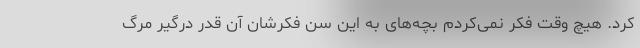
کرد. هیچ وقت فکر نمی‌کردم بچه‌های به این سن فکرشان آن قدر درگیر مرگ